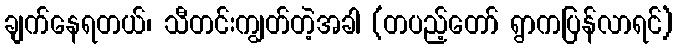
ချက်နေရတယ်၊ သီတင်းကျွတ်တဲ့အခါ (တပည့်တော် ရွာကပြန်လာရင်)